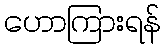
ဟောကြားရန်